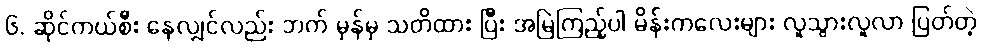
၆. ဆိုင်ကယ်စီး နေလျှင်လည်း ဘက် မှန်မှ သတိထား ပြီး အမြဲကြည့်ပါ မိန်းကလေးများ လူသွားလူလာ ပြတ်တဲ့